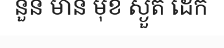
នួន មាន មុខ ស្ងួត ដេក